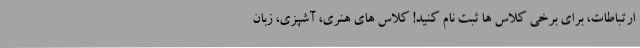
ارتباطات، برای برخی کلاس ها ثبت نام کنید! کلاس های هنری، آشپزی، زبان